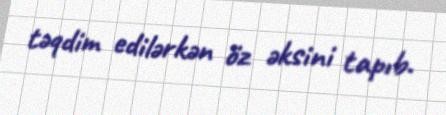
təqdim edilərkən öz əksini tapıb.